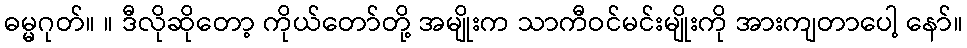
ဓမ္မဂုတ်။ ။ ဒီလိုဆိုတော့ ကိုယ်တော်တို့ အမျိုးက သာကီဝင်မင်းမျိုးကို အားကျတာပေါ့ နော်။